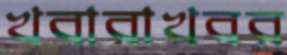
খবারাখবর